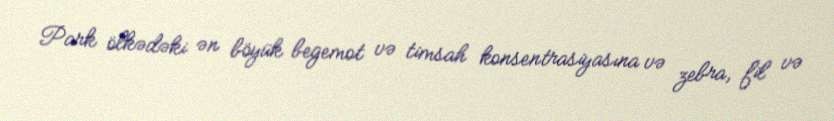
Park ölkədəki ən böyük begemot və timsah konsentrasiyasına və zebra, fil və